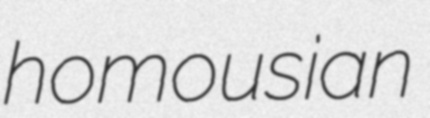
homousian